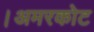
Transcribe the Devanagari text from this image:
।अमरकोट